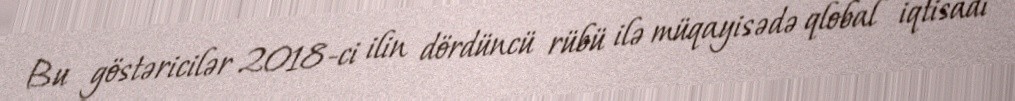
Bu göstəricilər 2018-ci ilin dördüncü rübü ilə müqayisədə qlobal iqtisadi